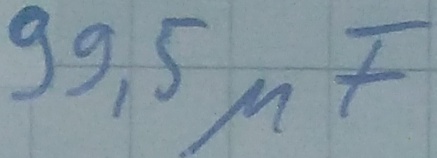
Text: 99,5µF